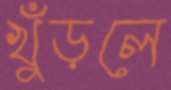
খুঁড়লে